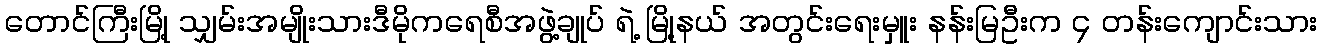
တောင်ကြီးမြို့ သျှမ်းအမျိုးသားဒီမိုကရေစီအဖွဲ့ချုပ် ရဲ့ မြို့နယ် အတွင်းရေးမှူး နန်းမြဦးက ၄ တန်းကျောင်းသား